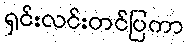
ရှင်းလင်းတင်ပြကာ